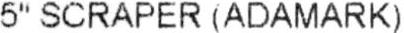
5" SCRAPER (ADAMARK)